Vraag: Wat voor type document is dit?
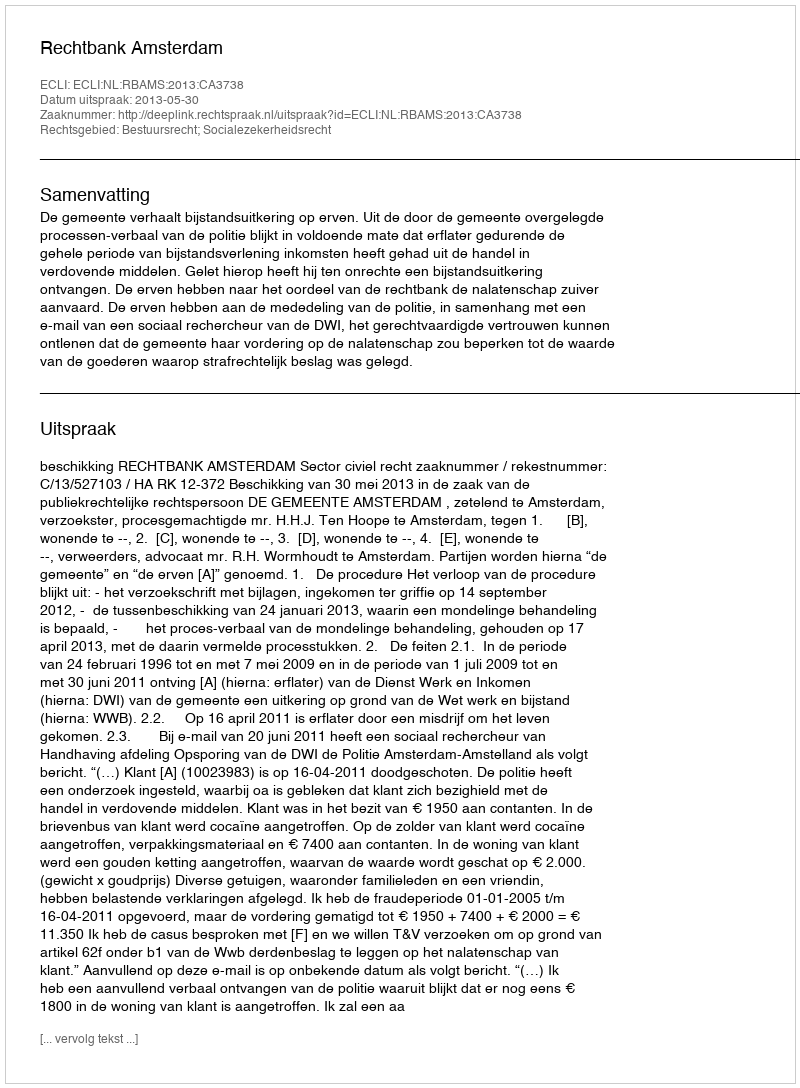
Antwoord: Uitspraak